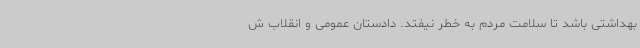
بهداشتی باشد تا سلامت مردم به خطر نیفتد. دادستان عمومی و انقلاب ش